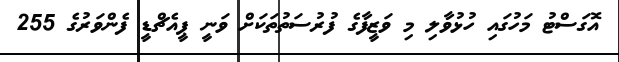
އޮގަސްޓު މަހުގައި ހުޅުވާލި މި ވަޒީފާގެ ފުރުސަތުތަކަށް ވަނީ ޕީއެޗްޑީ ފެންވަރުގެ 255